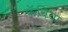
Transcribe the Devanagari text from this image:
फॅबिया